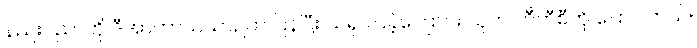
နည်းပညာကို ဒီအာကာသယာဉ်က ပြန်ပြီး သရုပ်ပြခဲ့ကြောင်း သူက ဘီဘီစီကို ပြောပါတယ်။